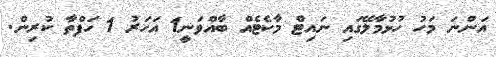
އަންނަ މަހު ހުޅުމާލޭގައި ނައިޓް މާކެޓެއް ބާއްވަނީ1 އަހަރު 1 ހަފްތާ ކުރިން.